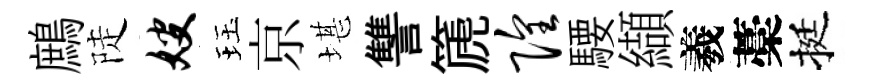
鷓陡嫂珏京堪讐篪隍騕纈羲藁挺